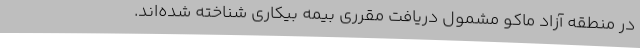
در منطقه آزاد ماکو مشمول دریافت مقرری بیمه بیکاری شناخته شده‌اند.